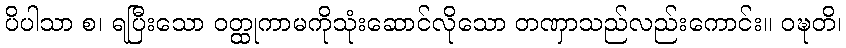
ပိပါသာ စ၊ ရပြီးသော ဝတ္ထုကာမကိုသုံးဆောင်လိုသော တဏှာသည်လည်းကောင်း။ ဝဍ္ဎတိ၊